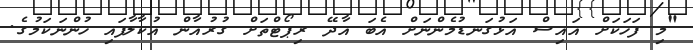
"މި ފަހަކަށް އައިސް އަޅުގަނޑުމެންނަށް އެބަ އާދޭ ރިޕޯޓްތަށް ގުރުއާން އުކާލާފައި ހުންނަކަމުގެ.